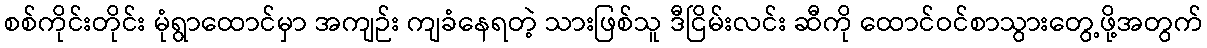
စစ်ကိုင်းတိုင်း မုံရွာထောင်မှာ အကျဉ်း ကျခံနေရတဲ့ သားဖြစ်သူ ဒီငြိမ်းလင်း ဆီကို ထောင်ဝင်စာသွားတွေ့ဖို့အတွက်